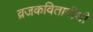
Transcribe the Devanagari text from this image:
व्रजकवितावीथी